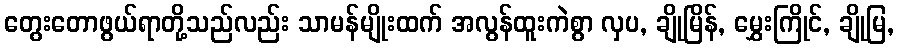
တွေးတောဖွယ်ရာတို့သည်လည်း သာမန်မျိုးထက် အလွန်ထူးကဲစွာ လှပ, ချိုမြိန်, မွှေးကြိုင်, ချိုမြ,